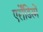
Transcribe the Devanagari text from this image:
एर्रोंडिस्में